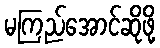
မကြည်အောင်ဆိုဖို့